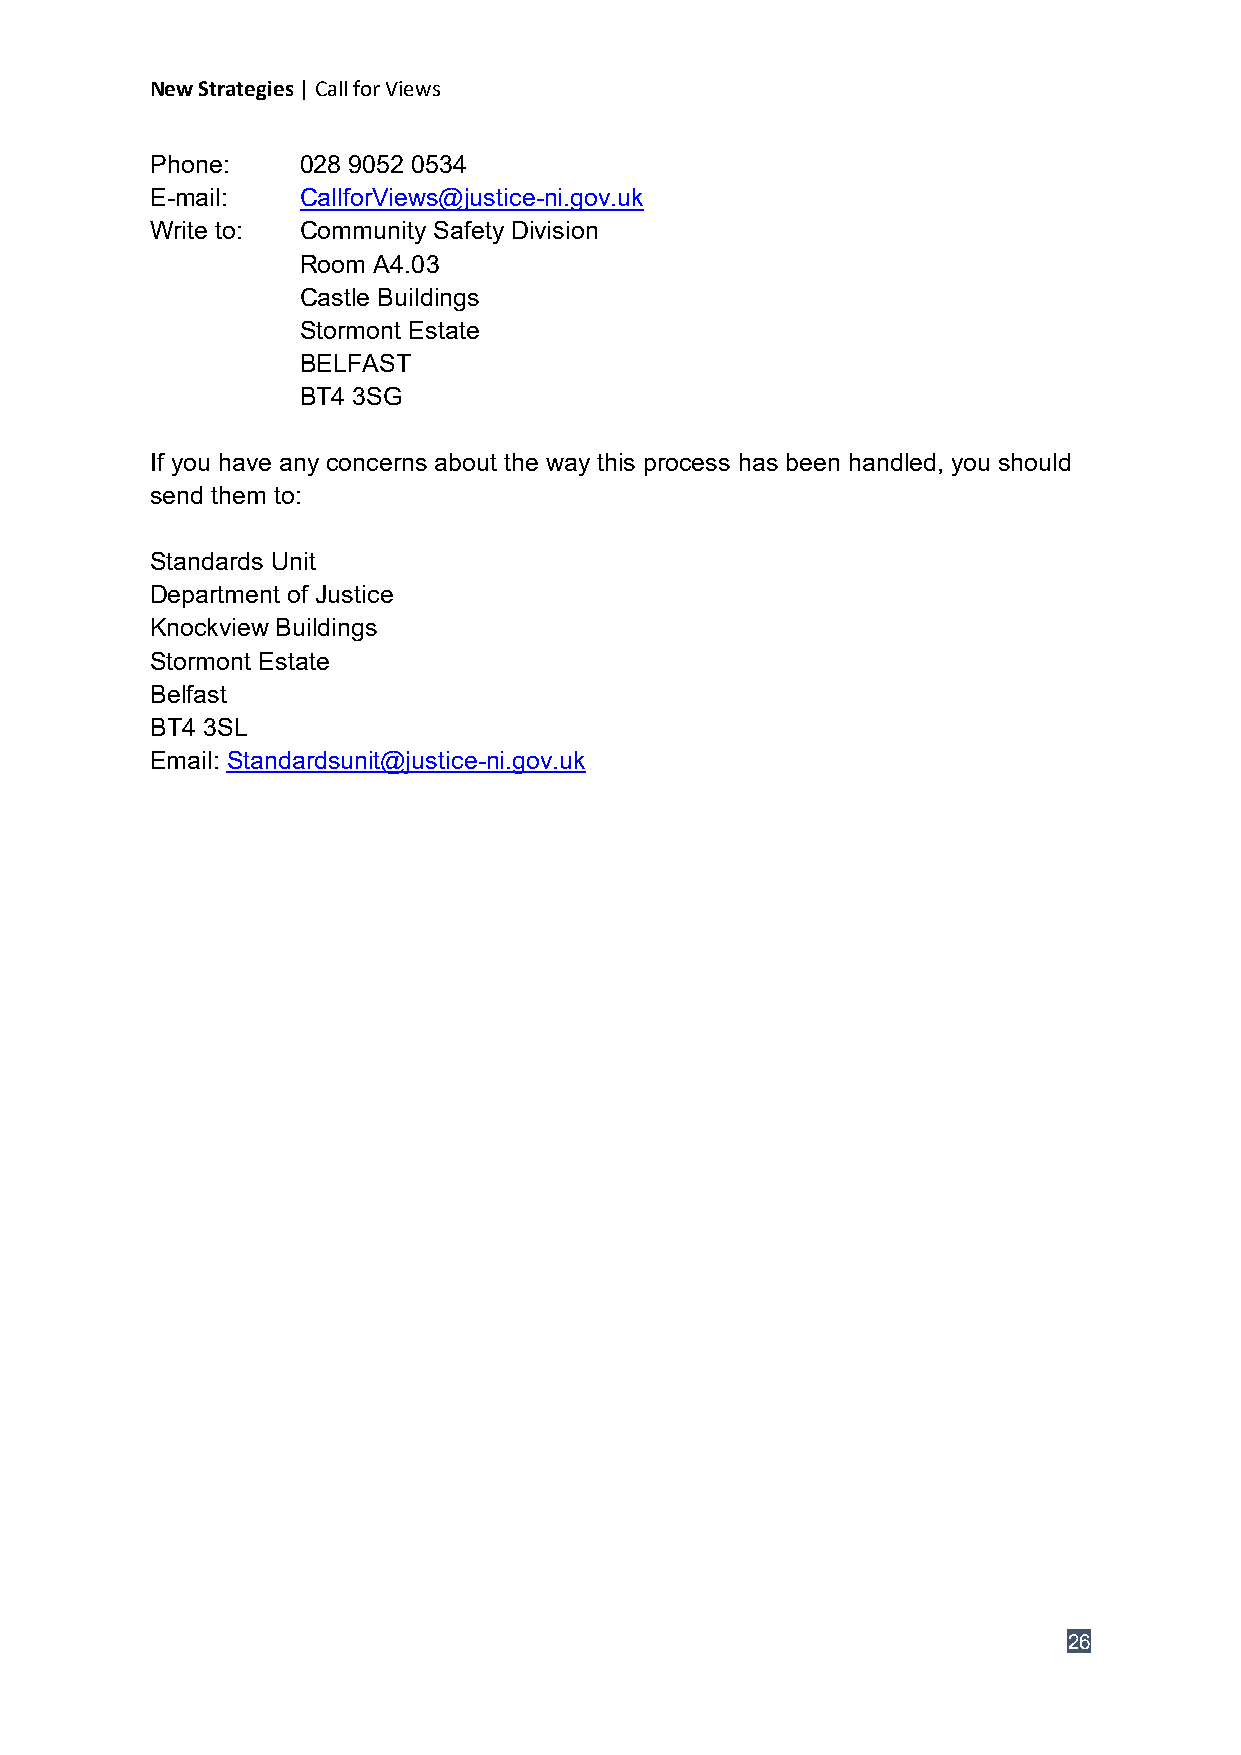
New Strategies | Call for Views
 Phone:    028 9052 0534
 E-mail:   CallforViews@justice-ni.gov.uk
 Write to: Community Safety Division
 Room A4.03
 Castle Buildings
 Stormont Estate
 BELFAST
 BT4 3SG
 If you have any concerns about the way this process has been handled, you should
 send them to:
 Standards Unit
 Department of Justice
 Knockview Buildings
 Stormont Estate
 Belfast
 BT4 3SL
 Email: Standardsunit@justice-ni.gov.uk
 26